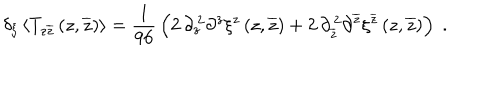
\delta _ { \xi } \left< T _ { z \overline { { z } } } \left( z , \overline { { z } } \right) \right> = { \frac { 1 } { 9 6 } } \left( 2 \, \partial _ { z } ^ { \, 2 } \partial ^ { z } \xi ^ { z } \left( z , \overline { { z } } \right) + 2 \, \partial _ { \overline { { z } } } ^ { \, 2 } \partial ^ { \overline { { z } } } \xi ^ { \overline { { z } } } \left( z , \overline { { z } } \right) \right) \; .